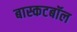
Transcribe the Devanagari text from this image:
बास्कटबॉल